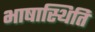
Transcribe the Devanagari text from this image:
भाषास्थिति